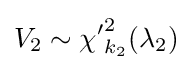
V_{2}\sim {\chi '}_{k_{2}}^{2}(\lambda _{2})